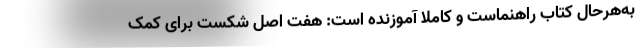
به‌هرحال کتابِ راهنماست و کاملاً آموزنده است: هفت اصلِ شکست برای کمک